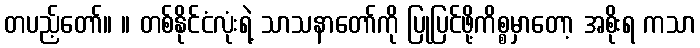
တပည့်တော်။ ။ တစ်နိုင်ငံလုံးရဲ့ သာသနာတော်ကို ပြုပြင်ဖို့ကိစ္စမှာတော့ အစိုးရ ကသာ